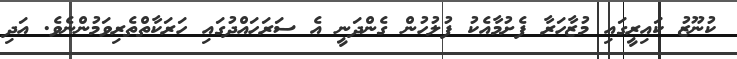
ކުނޫޒު ކައިރީގައި މުޒާހަރާ ފެށުމާއެކު ފުލުހުން ގެންދަނީ އެ ސަރަހައްދުގައި ހަރަކާތްތެރިވަމުންނެވެ. އަދި